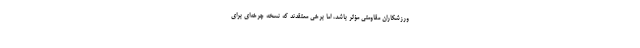
ورزشکاران مقاومتی مؤثر باشد، اما برخی معتقدند که نسخه چرخه‌ای برای